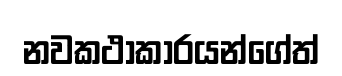
නවකථාකාරයන්ගේත්